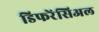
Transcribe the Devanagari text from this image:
डिफरेंसिअल